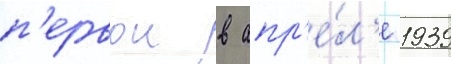
п'ервои в апр'е́л'е 1939